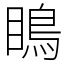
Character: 瞗